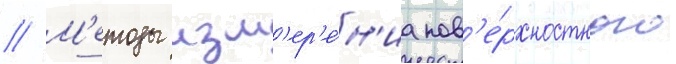
// М'етоды изм'ер'е́н'иа пов'е́рхностного